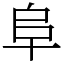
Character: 阜